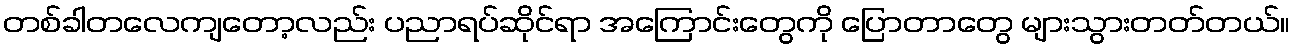
တစ်ခါတလေကျတော့လည်း ပညာရပ်ဆိုင်ရာ အကြောင်းတွေကို ပြောတာတွေ များသွားတတ်တယ်။